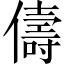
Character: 儔